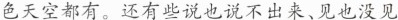
色天空都有。还有些说也说不出来、见也没见